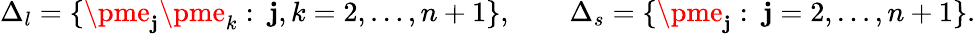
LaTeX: \Delta_{l}=\{ \pme_{\mathbf{j}}\pme_{k}:\ \mathbf{j},k=2,\ldots,n+1\} ,\qquad\Delta_{s}=\{ \pme_{\mathbf{j}}:\ \mathbf{j}=2,\ldots,n+1\} .